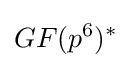
GF(p^{6})^{*}